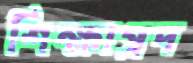
শিক্ষাপ্রদ